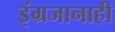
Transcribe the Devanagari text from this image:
इंग्रजानाही